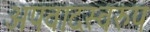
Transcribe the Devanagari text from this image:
अपवादस्वरुप